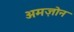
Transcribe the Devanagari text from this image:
अमज़ोन